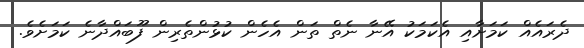
ދެރައެއް ކަމަށާއި އެކަމަކު އޭނާ ނެތް ތަން އެހެން ކުޅުންތެރިން ފޫބައްދާނެ ކަމަށެވެ.